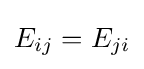
E_{ij}=E_{ji}